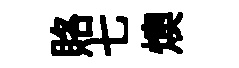
賂七燠